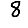
Digit: 8